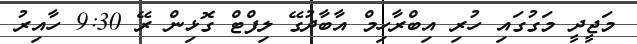
މަޖީދީ މަގުގައި ހުރި އިބްރާހިމް އާބާދުގޭ ލިފްޓް ގޮޅިން ރޭ 9:30 ހާއިރު